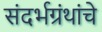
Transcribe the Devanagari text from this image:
संदर्भग्रंथांचे